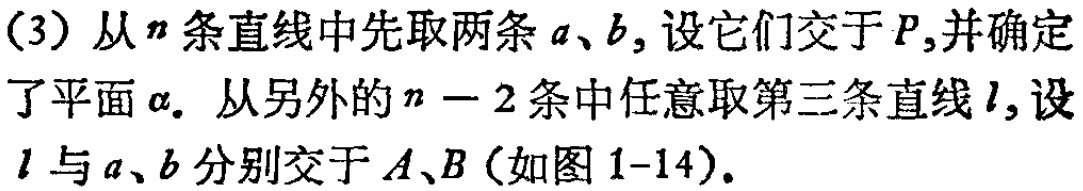
(3) 从\(n\)条直线中先取两条\(a\)、\(b\)，设它们交于\(P\)，并确定了平面\(\alpha\)。从另外的\(n - 2\)条中任意取第三条直线\(l\)，设\(l\)与\(a\)、\(b\)分别交于\(A\)、\(B\)（如图1-14）。